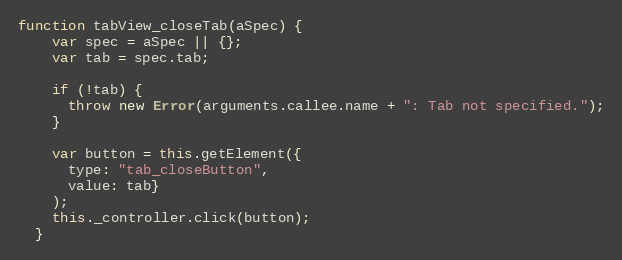
Language: JavaScript
function tabView_closeTab(aSpec) {
    var spec = aSpec || {};
    var tab = spec.tab;

    if (!tab) {
      throw new Error(arguments.callee.name + ": Tab not specified.");
    }

    var button = this.getElement({
      type: "tab_closeButton",
      value: tab}
    );
    this._controller.click(button);
  }